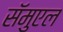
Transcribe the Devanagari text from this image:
सॅमुएल